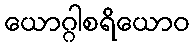
ယောဂ္ဂါစရိယောဝ